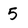
Character: 5